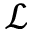
\mathcal { L }